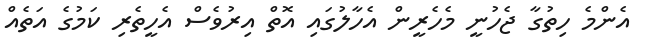
އެންމެ ހިތުގާ ޖެހުނީ މެހެރީން އެހާލުގައި އޮތް އިރުވެސް އެހީތެރި ކަމުގެ އަތެއް